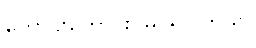
ကောင်းကောင်း မြင်ရပါတယ်။